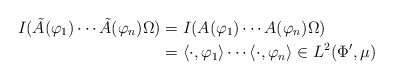
\begin{align*}I(\tilde{A}(\varphi_1) \cdots \tilde{A}(\varphi_n)\Omega) &= I(A(\varphi_1) \cdots A(\varphi_n)\Omega)\\&= \langle \cdot, \varphi_1 \rangle \cdots \langle \cdot ,\varphi_n \rangle\in L^2(\Phi', \mu)\end{align*}